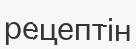
рецептін